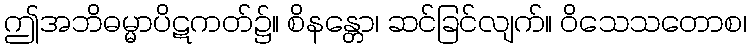
ဤအဘိဓမ္မာပိဋကတ်၌။ စိနန္တော၊ ဆင်ခြင်လျက်။ ဝိသေသတောစ၊